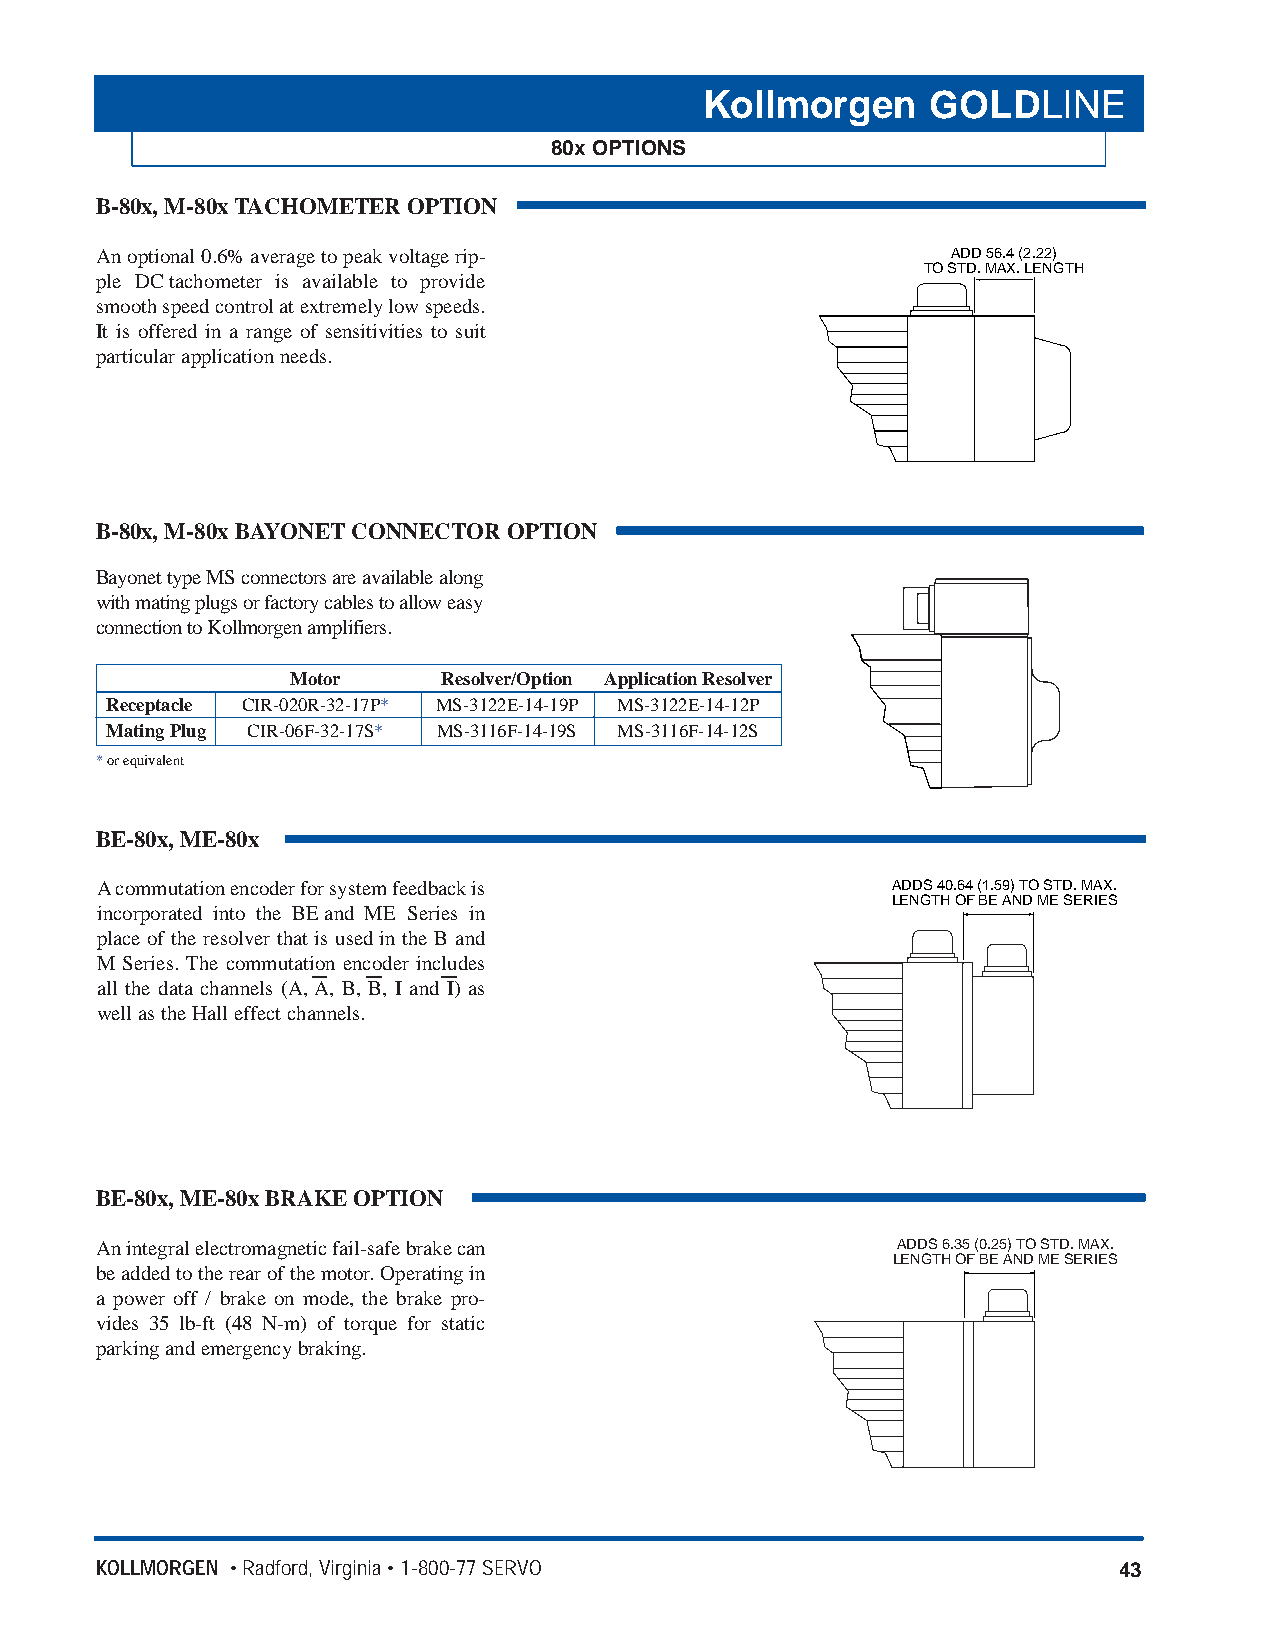
Kollmorgen     GOLDLINE
 80x OPTIONS
 B-80x, M-80x TACHOMETER OPTION
 An optional 0.6% average to peak voltage rip-            ADD 56.4 (2.22)
 TO STD. MAX. LENGTH
 ple DCtachometer is available to provide
 smooth speed control at extremely low speeds.
 It is offered in a range of sensitivities to suit
 particular application needs.
 B-80x, M-80x BAYONETCONNECTOR OPTION
 Bayonet type MS connectors are available along
 with mating plugs or factory cables to allow easy
 connection to Kollmorgen amplifiers.
 Motor     Resolver/Option Application Resolver
 Receptacle CIR-020R-32-17P* MS-3122E-14-19P MS-3122E-14-12P
 Mating Plug CIR-06F-32-17S* MS-3116F-14-19S MS-3116F-14-12S
 *or equivalent
 BE-80x, ME-80x
 Acommutation encoder for system feedback is          ADDS 40.64 (1.59) TO STD. MAX.
 LENGTH OF BE AND ME SERIES
 incorporated into the BEand ME Series in
 place of the resolver that is used in the B and
 M Series. The commutation encoder includes
 all the data channels (A, A, B, B, I and I) as
 well as the Hall effect channels.
 BE-80x, ME-80x BRAKE OPTION
 An integral electromagnetic fail-safe brake can      ADDS 6.35 (0.25) TO STD. MAX.
 LENGTH OF BE AND ME SERIES
 be added to the rear of the motor. Operating in
 a power off / brake on mode, the brake pro-
 vides 35 lb-ft (48 N-m) of torque for static
 parking and emergency braking.
 KOLLMORGEN • Radford, Virginia • 1-800-77 SERVO                     43